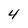
Character: 4